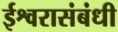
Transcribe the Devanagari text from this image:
ईश्वरासंबंधी